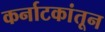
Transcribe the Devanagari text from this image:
कर्नाटकांतून